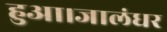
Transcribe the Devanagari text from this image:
हुआ।जालंधर